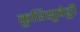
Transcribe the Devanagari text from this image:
कुरिसुवेट्टी